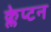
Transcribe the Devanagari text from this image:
क्लेप्टन